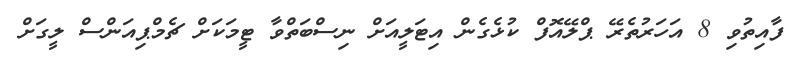
ފާއިތުވި 8 އަހަރުތެރޭ ޕްލޭއޮފް ކުޅެގެން އިޓަލީއަށް ނިސްބަތްވާ ޓީމަކަށް ޗެމްޕިއަންސް ލީގަށް